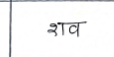
मजकूर: शव